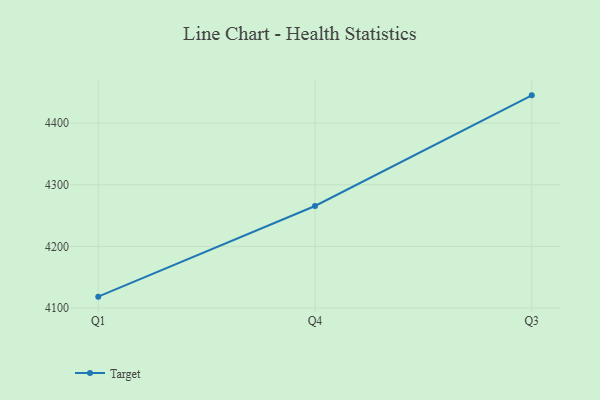
{"axis": {"x": "Quarter", "y": "Satisfaction Score"}, "legend": ["Target"], "data": [{"x": "Q1", "y": 4118.5, "type": "Target"}, {"x": "Q4", "y": 4265.6, "type": "Target"}, {"x": "Q3", "y": 4445.1, "type": "Target"}]}